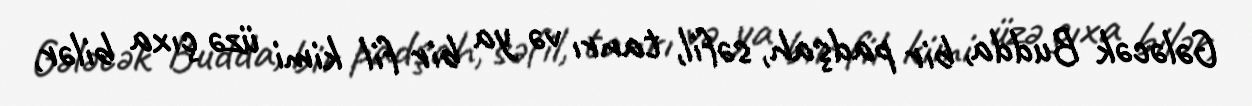
Gələcək Budda, bir padşah, səfil, tanrı və ya bir fil kimi üzə çıxa bilər,